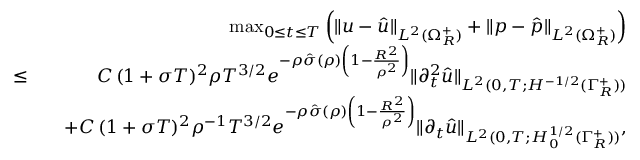
\begin{array} { r l r } & { } & { \operatorname* { m a x } _ { 0 \leq t \leq T } \left( \| u - \hat { u } \| _ { L ^ { 2 } ( \Omega _ { R } ^ { + } ) } + \| p - \hat { p } \| _ { L ^ { 2 } ( \Omega _ { R } ^ { + } ) } \right) } \\ { \leq } & { } & { C \, ( 1 + \sigma T ) ^ { 2 } \rho T ^ { 3 / 2 } e ^ { - \rho \hat { \sigma } ( \rho ) \left( 1 - \frac { R ^ { 2 } } { \rho ^ { 2 } } \right) } \| \partial _ { t } ^ { 2 } \hat { u } \| _ { L ^ { 2 } ( 0 , T ; H ^ { - 1 / 2 } ( \Gamma _ { R } ^ { + } ) ) } } \\ & { } & { + C \, ( 1 + \sigma T ) ^ { 2 } \rho ^ { - 1 } T ^ { 3 / 2 } e ^ { - \rho \hat { \sigma } ( \rho ) \left( 1 - \frac { R ^ { 2 } } { \rho ^ { 2 } } \right) } \| \partial _ { t } \hat { u } \| _ { L ^ { 2 } ( 0 , T ; H _ { 0 } ^ { 1 / 2 } ( \Gamma _ { R } ^ { + } ) ) } , } \end{array}